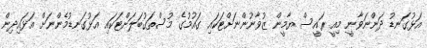
އަޅުގަނޑު ދަންނަވާނީ މިއީ ރައީސް ޔާމީން ޒުވާނުންނަށްޓަކައި ގައުމުގެ މުސްތަގުބަލަށްޓަކައި އަޅުގަނޑުމެންނަށް އަޅައިދިން